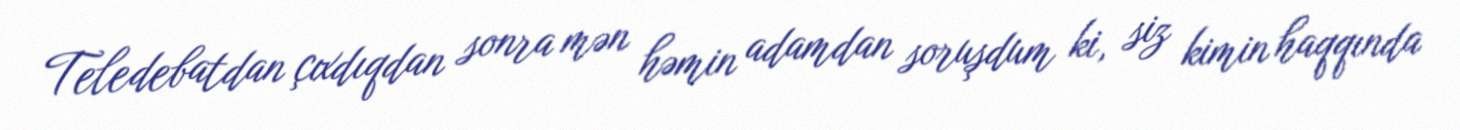
Teledebatdan çıxdıqdan sonra mən həmin adamdan soruşdum ki, siz kimin haqqında